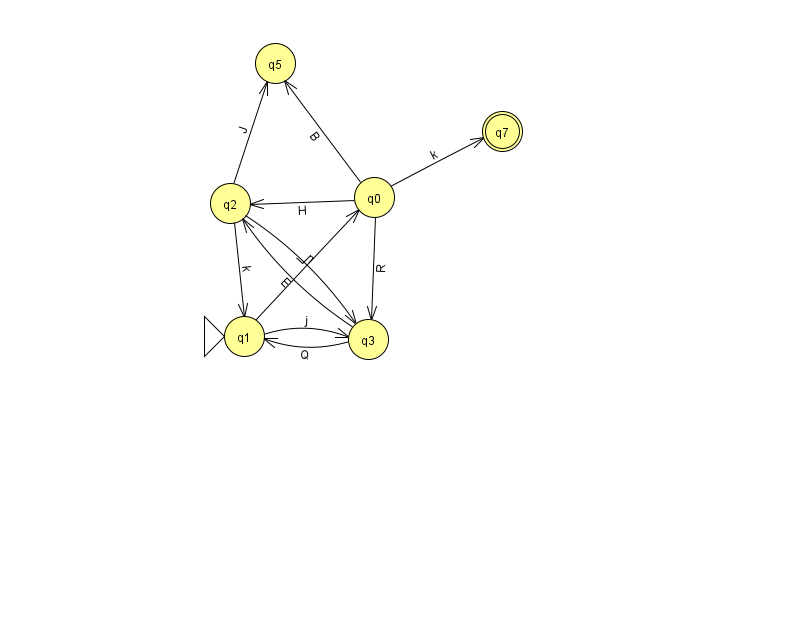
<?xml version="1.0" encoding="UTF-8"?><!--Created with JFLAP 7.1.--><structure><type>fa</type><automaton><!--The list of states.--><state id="0" name="q0"><x>374.0</x><y>184.0</y></state><state id="1" name="q1"><x>244.0</x><y>323.0</y><initial/></state><state id="2" name="q2"><x>230.0</x><y>190.0</y></state><state id="3" name="q3"><x>368.0</x><y>326.0</y></state><state id="5" name="q5"><x>275.0</x><y>50.0</y></state><state id="7" name="q7"><x>502.0</x><y>118.0</y><final/></state><!--The list of transitions.--><transition><from>2</from><to>3</to><read>n</read></transition><transition><from>3</from><to>1</to><read>Q</read></transition><transition><from>0</from><to>3</to><read>R</read></transition><transition><from>0</from><to>5</to><read>B</read></transition><transition><from>2</from><to>5</to><read>J</read></transition><transition><from>0</from><to>2</to><read>H</read></transition><transition><from>2</from><to>1</to><read>k</read></transition><transition><from>1</from><to>3</to><read>j</read></transition><transition><from>3</from><to>2</to><read>E</read></transition><transition><from>1</from><to>0</to><read>L</read></transition><transition><from>0</from><to>7</to><read>k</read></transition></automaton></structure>